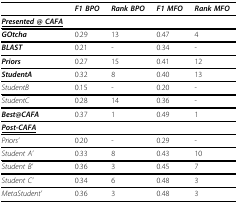
|  | F1 BPO | Rank BPO | F1 MFO | Rank MFO |
 | --- | --- | --- | --- | --- |
 | <underline>Presented @ CAFA</underline> |  |  |  |  |
 | GOtcha | 0.29 | 13 | 0.47 | 4 |
 | BLAST | 0.21 | - | 0.34 | - |
 | Priors | 0.27 | 15 | 0.41 | 12 |
 | StudentA | 0.32 | 8 | 0.40 | 13 |
 | StudentB | 0.15 | - | 0.20 | - |
 | StudentC | 0.28 | 14 | 0.36 | - |
 | Best@CAFA | 0.37 | 1 | 0.49 | 1 |
 | <underline>Post-CAFA</underline> |  |  |  |  |
 | Priors' | 0.20 | - | 0.29 | - |
 | Student A' | 0.33 | 8 | 0.43 | 10 |
 | Student B' | 0.36 | 3 | 0.45 | 7 |
 | Student C' | 0.34 | 6 | 0.48 | 3 |
 | MetaStudent' | 0.36 | 3 | 0.48 | 3 |